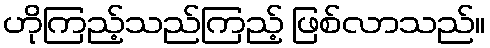
ဟိုကြည့်သည်ကြည့် ဖြစ်လာသည်။